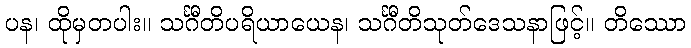
ပန၊ ထိုမှတပါး။ သင်္ဂီတိပရိယာယေန၊ သင်္ဂီတိသုတ်ဒေသနာဖြင့်။ တိဿော